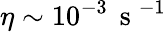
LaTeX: \eta\sim 10^{-3}\, \mathrm{~s~}^{-1}